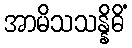
အာမိသသန္နိဓိံ